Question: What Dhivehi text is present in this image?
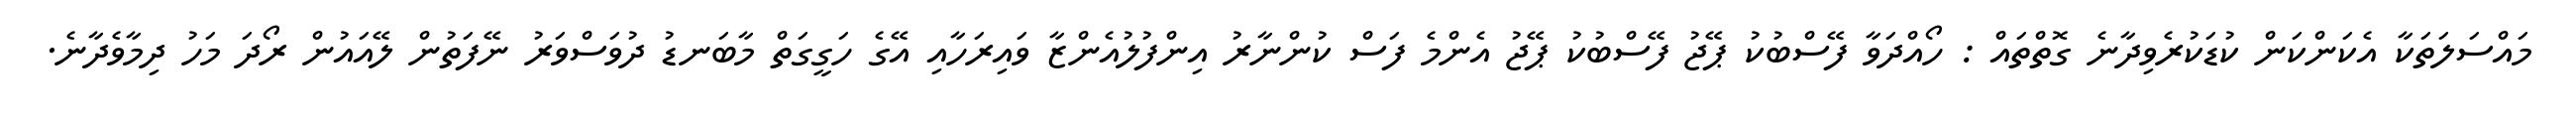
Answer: މައްސަލަތަކާ އެކަންކަން ކުޑަކުރެވިދާނެ ގޮތްތައް : ހޯއްދަވާ ފޭސްބުކު ޕޭޖު ފޭސްބުކު ޕޭޖު އެންމެ ފަސް ކުންނާރު އިންފުލުއެންޒާ ވައިރަހާއި އޭގެ ހަގީގަތް މާބަނޑު ދުވަސްވަރު ނޭފަތުން ލޭއައުން ރޯދަ މަހު ދިމާވެދާނެ.